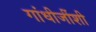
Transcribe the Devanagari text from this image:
गांधीजींशी